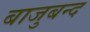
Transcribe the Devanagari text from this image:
बाजुबन्द